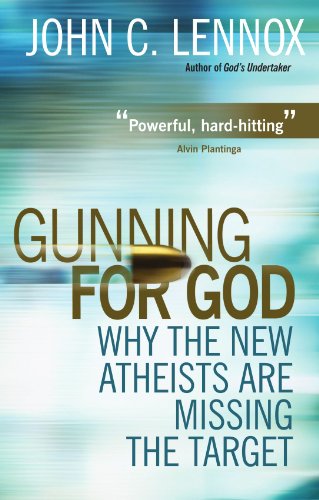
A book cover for Gunning for God: Why the New Atheists are Missing the Target; John Lennox; Christian Books & Bibles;